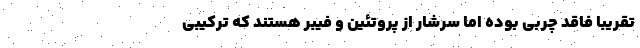
تقریبا فاقد چربی بوده اما سرشار از پروتئین و فیبر هستند که ترکیبی